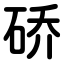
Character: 硚